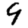
Digit: 9